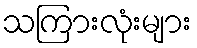
သကြားလုံးများ